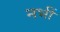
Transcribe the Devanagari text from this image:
नभीं